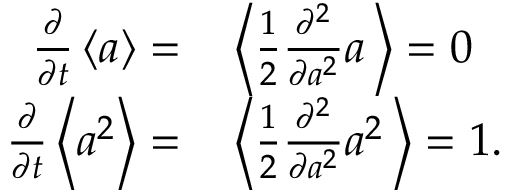
\begin{array} { r l } { \frac { \partial } { \partial t } \left\langle a \right\rangle = } & { { } \left\langle \frac { 1 } { 2 } \frac { \partial ^ { 2 } } { \partial a ^ { 2 } } a \, \right\rangle = 0 } \\ { \frac { \partial } { \partial t } \left\langle a ^ { 2 } \right\rangle = } & { { } \left\langle \frac { 1 } { 2 } \frac { \partial ^ { 2 } } { \partial a ^ { 2 } } a ^ { 2 } \, \right\rangle = 1 . } \end{array}